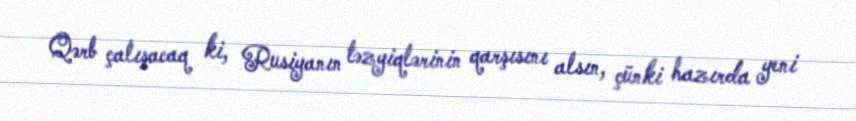
Qərb çalışacaq ki, Rusiyanın təzyiqlərinin qarşısını alsın, çünki hazırda yeni